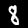
Label: 8